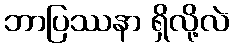
ဘာပြဿနာ ရှိလို့လဲ